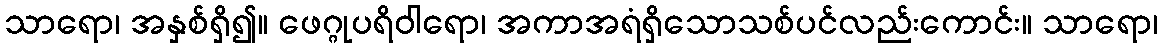
သာရော၊ အနှစ်ရှိ၍။ ဖေဂ္ဂုပရိဝါရော၊ အကာအရံရှိသောသစ်ပင်လည်းကောင်း။ သာရော၊